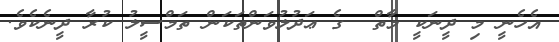
އެހެނީ މި ދީނަކީ މާތް  ގެ ޢަދުލުވަންތަކަން ތަމްސީލު ކުރާ ދީނެކެވެ.